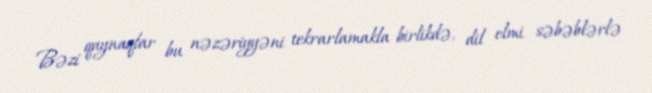
Bəzi qaynaqlar bu nəzəriyyəni tekrarlamakla birlikdə, dil elmi səbəblərlə